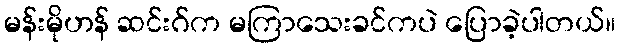
မန်းမိုဟန် ဆင်းဂ်က မကြာသေးခင်ကပဲ ပြောခဲ့ပါတယ်။